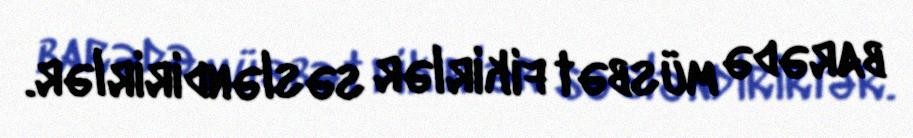
barədə müsbət fikirlər səsləndirirlər.